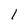
Character: 1